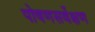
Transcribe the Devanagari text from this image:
पोषणसर्वेक्षण